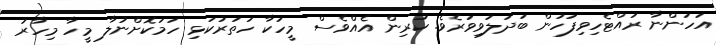
އަހަންނާ ރައްޓެހިވިފަހުން ބަދަލުވިވަރެވެ. ކުރިން އެއްވެސް މީހަކާ ހަތަރުކަޅި ހަމަކޮށްނުލާ މީހާ މިހާރު